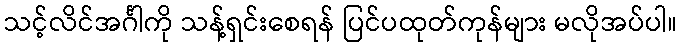
သင့်လိင်အင်္ဂါကို သန့်ရှင်းစေရန် ပြင်ပထုတ်ကုန်များ မလိုအပ်ပါ။